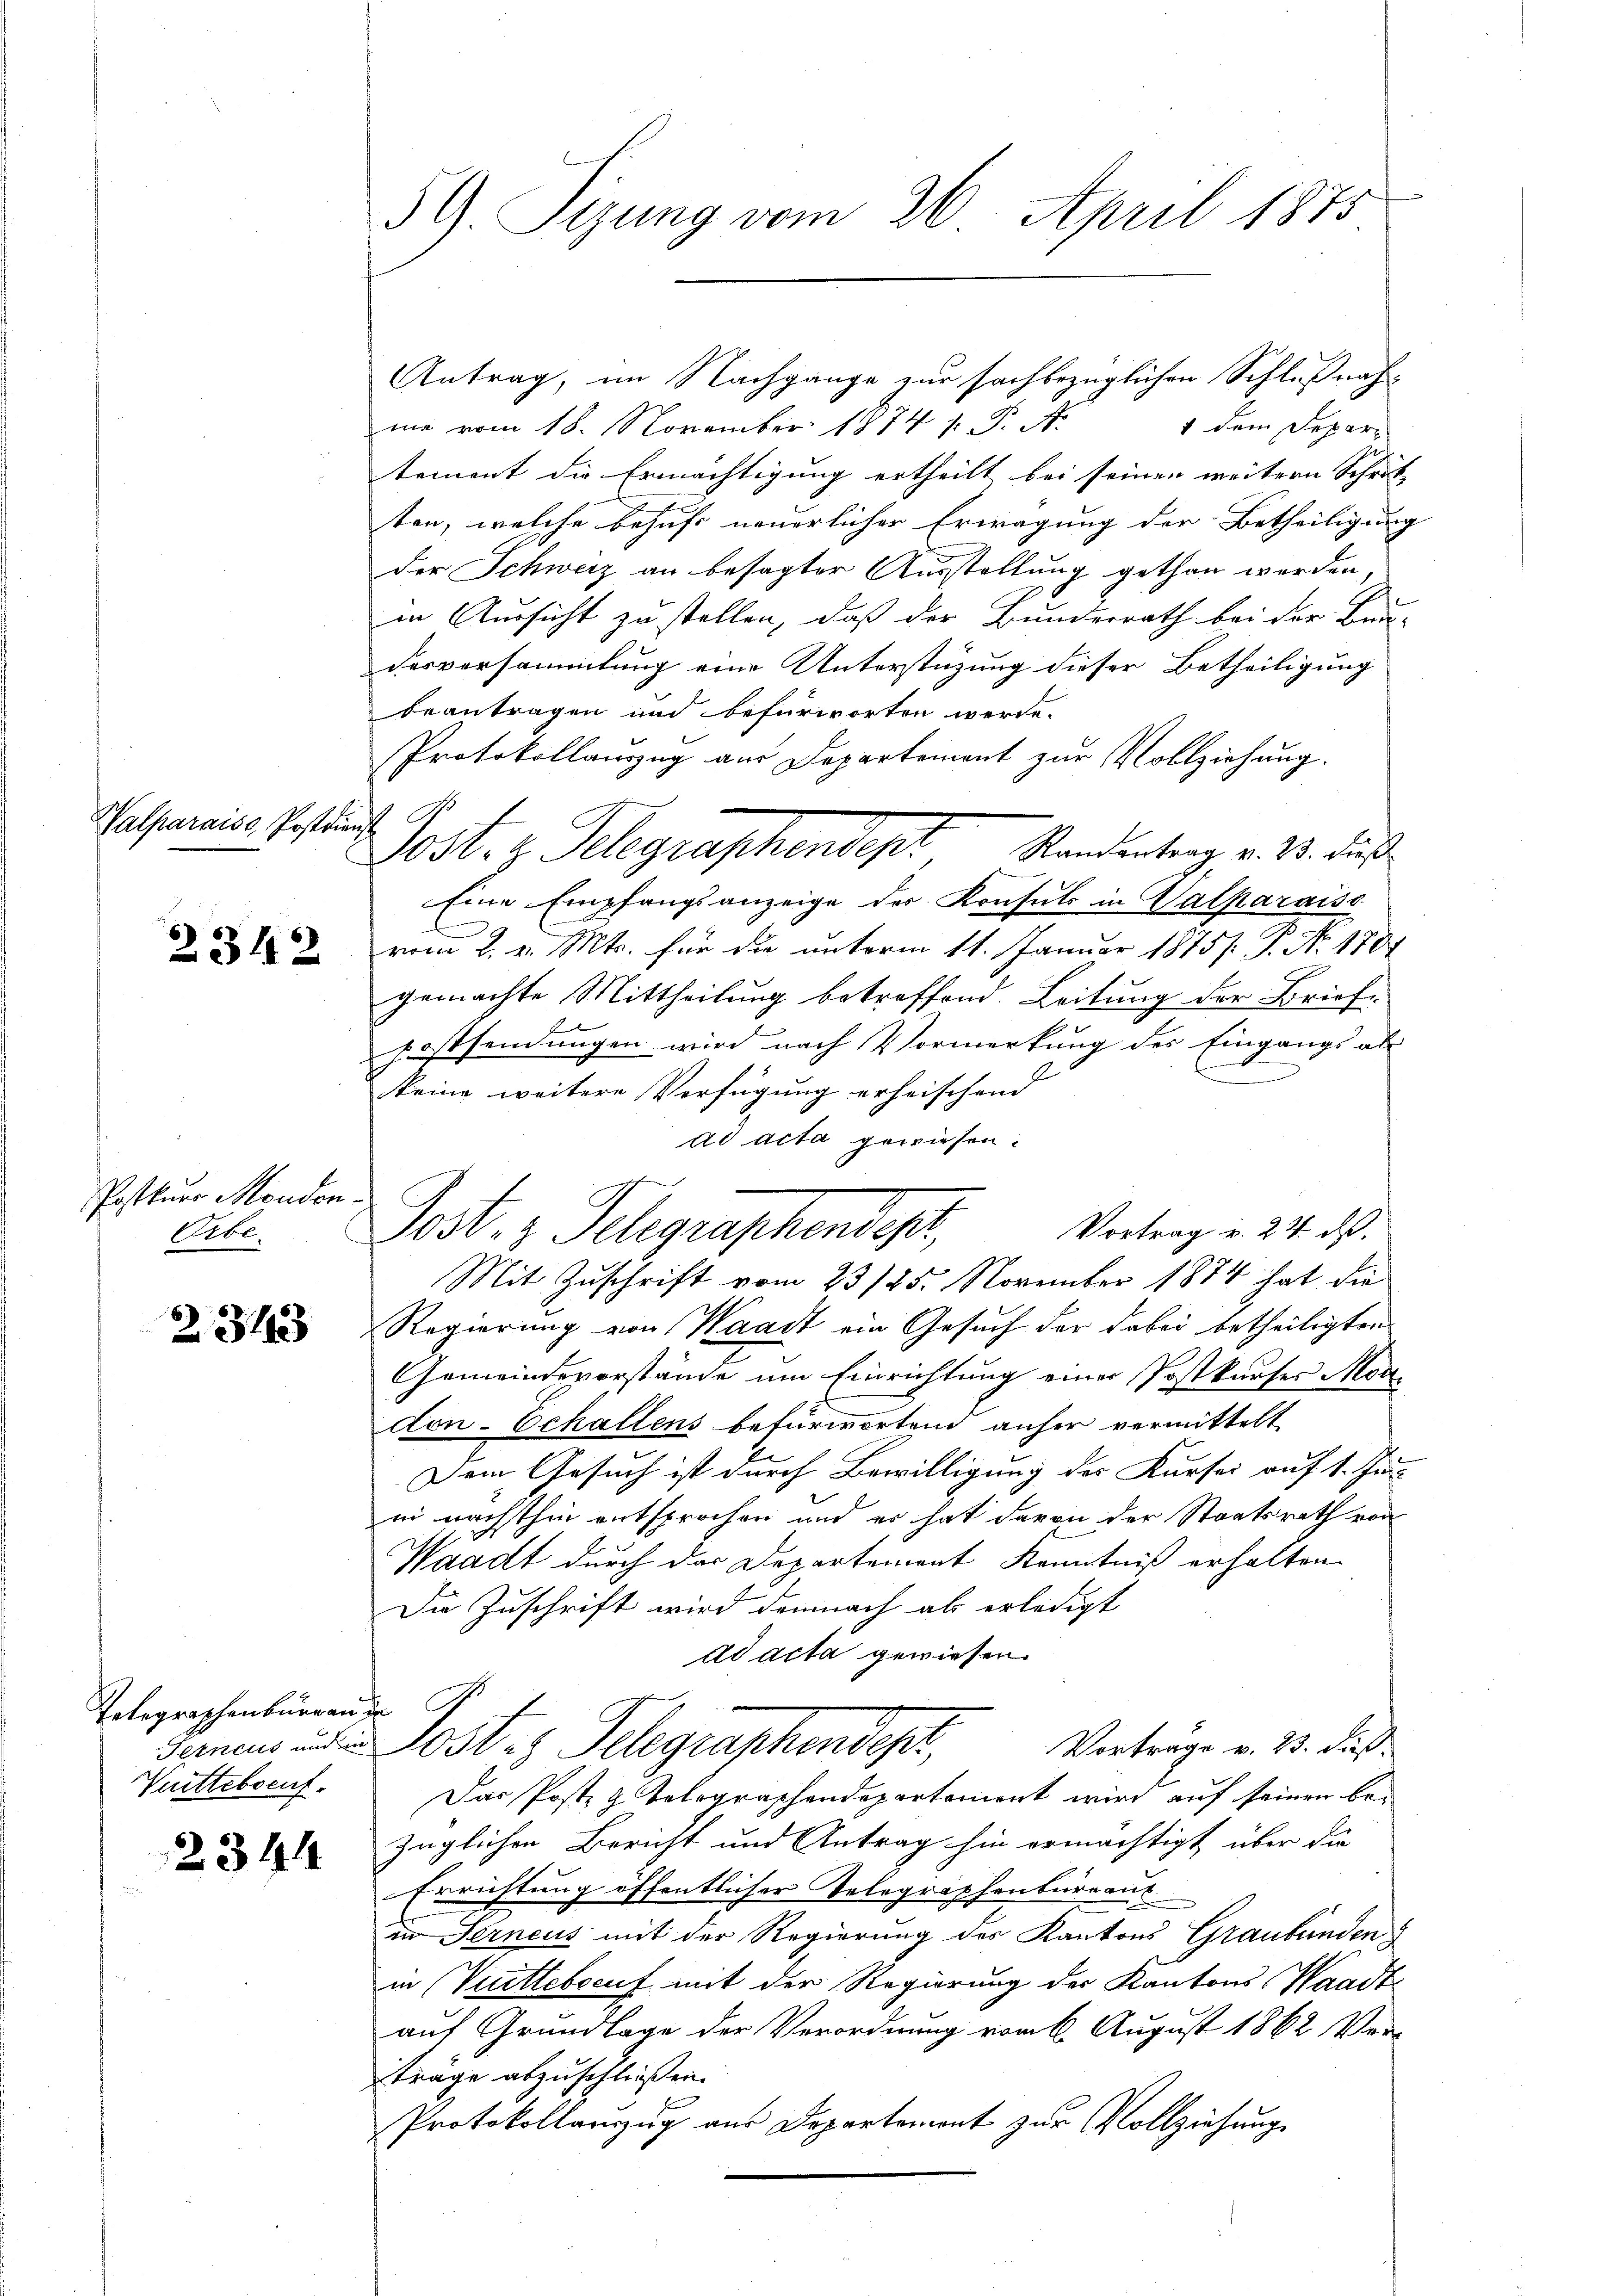
Valparaise, Postdien

2342

PPosttner Monden.
Orbe.

2313

Telegraphenburgen de
Wittebseuf

2344

59. Sizung vom 26. April 1875

Antrag, im Nachgange zur sachbezüglichen Schlußnahme vom 18. November 1874 s. S. Nr. 4 dem Depari
tement die Ermächtigung ertheilt bei seinen weitern Schrit-
ten, welche behufs neuerlicher Erwägung der Betheiligung
der Schweiz an besagter Ausstellung gethan werden
in Aussicht zu stellen, daß der Bundesrath bei der Bun-
desversammlung eine Unterstützung dieser Betheiligung
beantragen und befürworten werde.
Protokollauszug aus Departement zur Vollziehung.
Eine Empfangsanzeige der Konsuls in Valkaraise
l
g
vom 2. v. Mts. für die unterm 11. Januar 1875. P. No. 1781
gemachte Mittheilung betreffend. Leitung der Brief-
Fossendungen wird nach Vormerkung des Eingangs als
u
keine weitere Verfügung erheischend
ad acta gewiesen.
Vortrag v. 24. ds.
Post. v. Schgraschendesr
Mit Zuschrift vom 23/25. November 1874 hat die
Regierung von Waadt ein Gesuch der dabei betheiligten
Gemeindevorstände um Einrichtung einer Postkurfes Mardon-Echallens befürwortend anher vermittelt
Dem Gesuch ist durch Bewilligung des Kursei auf 1. Jun
in nächsthin entsprochen und er hat davon der Staatsrath von
Waadt durch der Departement Kenntniß erhalten.
Die Zuschrift wird demnach als erledigt
ad acta gewiesen.
deinen und Post 3 Telegraphendes,
Vortrage v. 23. Fuß.
Das Post z. Telegraphendepartement wird auf seinen bezüglichen Bericht und Antrag hin ermächtigt über die
Errichtung öffentlicher Telegraphenbureaut
in Ferneus mit der Regierung des Kantons Graubünden
in Veittebrauf mit der Regierung der Kantons Waadt-
auf Grundlage der Verordnung vom 6. August 1862 Ver-
träge abzuschließen.
Protokollanzug aus Departemont zur Vollziehung

Post. z. Gelegraphendes Standentrag v. 13. Jus